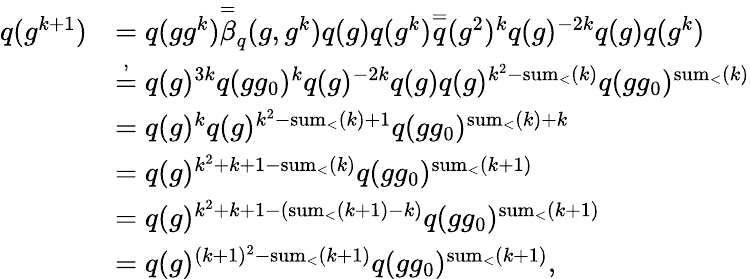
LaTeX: \begin{array}{rl}{q(g^{k+1})}&{=q(gg^{k})\overset{=}\beta_{q}(g,g^{k})q(g)q(g^{k})\overset{=}q(g^{2})^{k}q(g)^{-2k}q(g)q(g^{k})}\\ &{\overset{,}{=}q(g)^{3k}q(gg_{0})^{k}q(g)^{-2k}q(g)q(g)^{k^{2}-\textnormal{sum}_{<}(k)}q(gg_{0})^{\textnormal{sum}_{<}(k)}}\\ &{=q(g)^{k}q(g)^{k^{2}-\textnormal{sum}_{<}(k)+1}q(gg_{0})^{\textnormal{sum}_{<}(k)+k}}\\ &{=q(g)^{k^{2}+k+1-\textnormal{sum}_{<}(k)}q(gg_{0})^{\textnormal{sum}_{<}(k+1)}}\\ &{=q(g)^{k^{2}+k+1-(\textnormal{sum}_{<}(k+1)-k)}q(gg_{0})^{\textnormal{sum}_{<}(k+1)}}\\ &{=q(g)^{(k+1)^{2}-\textnormal{sum}_{<}(k+1)}q(gg_{0})^{\textnormal{sum}_{<}(k+1)},}\end{array}